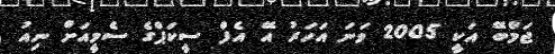
ޖަމްބޭ އަކީ 2005 ވަނަ އަހަރު އޭ އެފް ސީކަޕްގެ ސެމީއަށް ނިއު